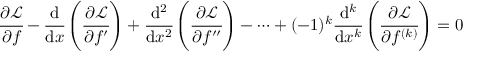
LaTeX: { \cfrac { \partial { \mathcal { L } } } { \partial f } } - { \cfrac { \mathrm { d } } { \mathrm { d } x } } \left( { \cfrac { \partial { \mathcal { L } } } { \partial f ^ { \prime } } } \right) + { \cfrac { \mathrm { d } ^ { 2 } } { \mathrm { d } x ^ { 2 } } } \left( { \cfrac { \partial { \mathcal { L } } } { \partial f ^ { \prime \prime } } } \right) - \dots + ( - 1 ) ^ { k } { \cfrac { \mathrm { d } ^ { k } } { \mathrm { d } x ^ { k } } } \left( { \cfrac { \partial { \mathcal { L } } } { \partial f ^ { ( k ) } } } \right) = 0